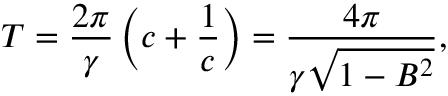
T = \frac { 2 \pi } { \gamma } \left( c + \frac { 1 } { c } \right) = \frac { 4 \pi } { \gamma \sqrt { 1 - B ^ { 2 } } } ,